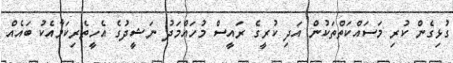
ގުޅިގެން ކުރި މަސައްކަތްތަކުން އަދި ކުރީގެ ރައީސް މުހައްމަދު ނަޝީދުގެ އެހީތެރިކަމާއެކު ބައެއް